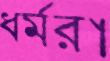
ধর্মরা